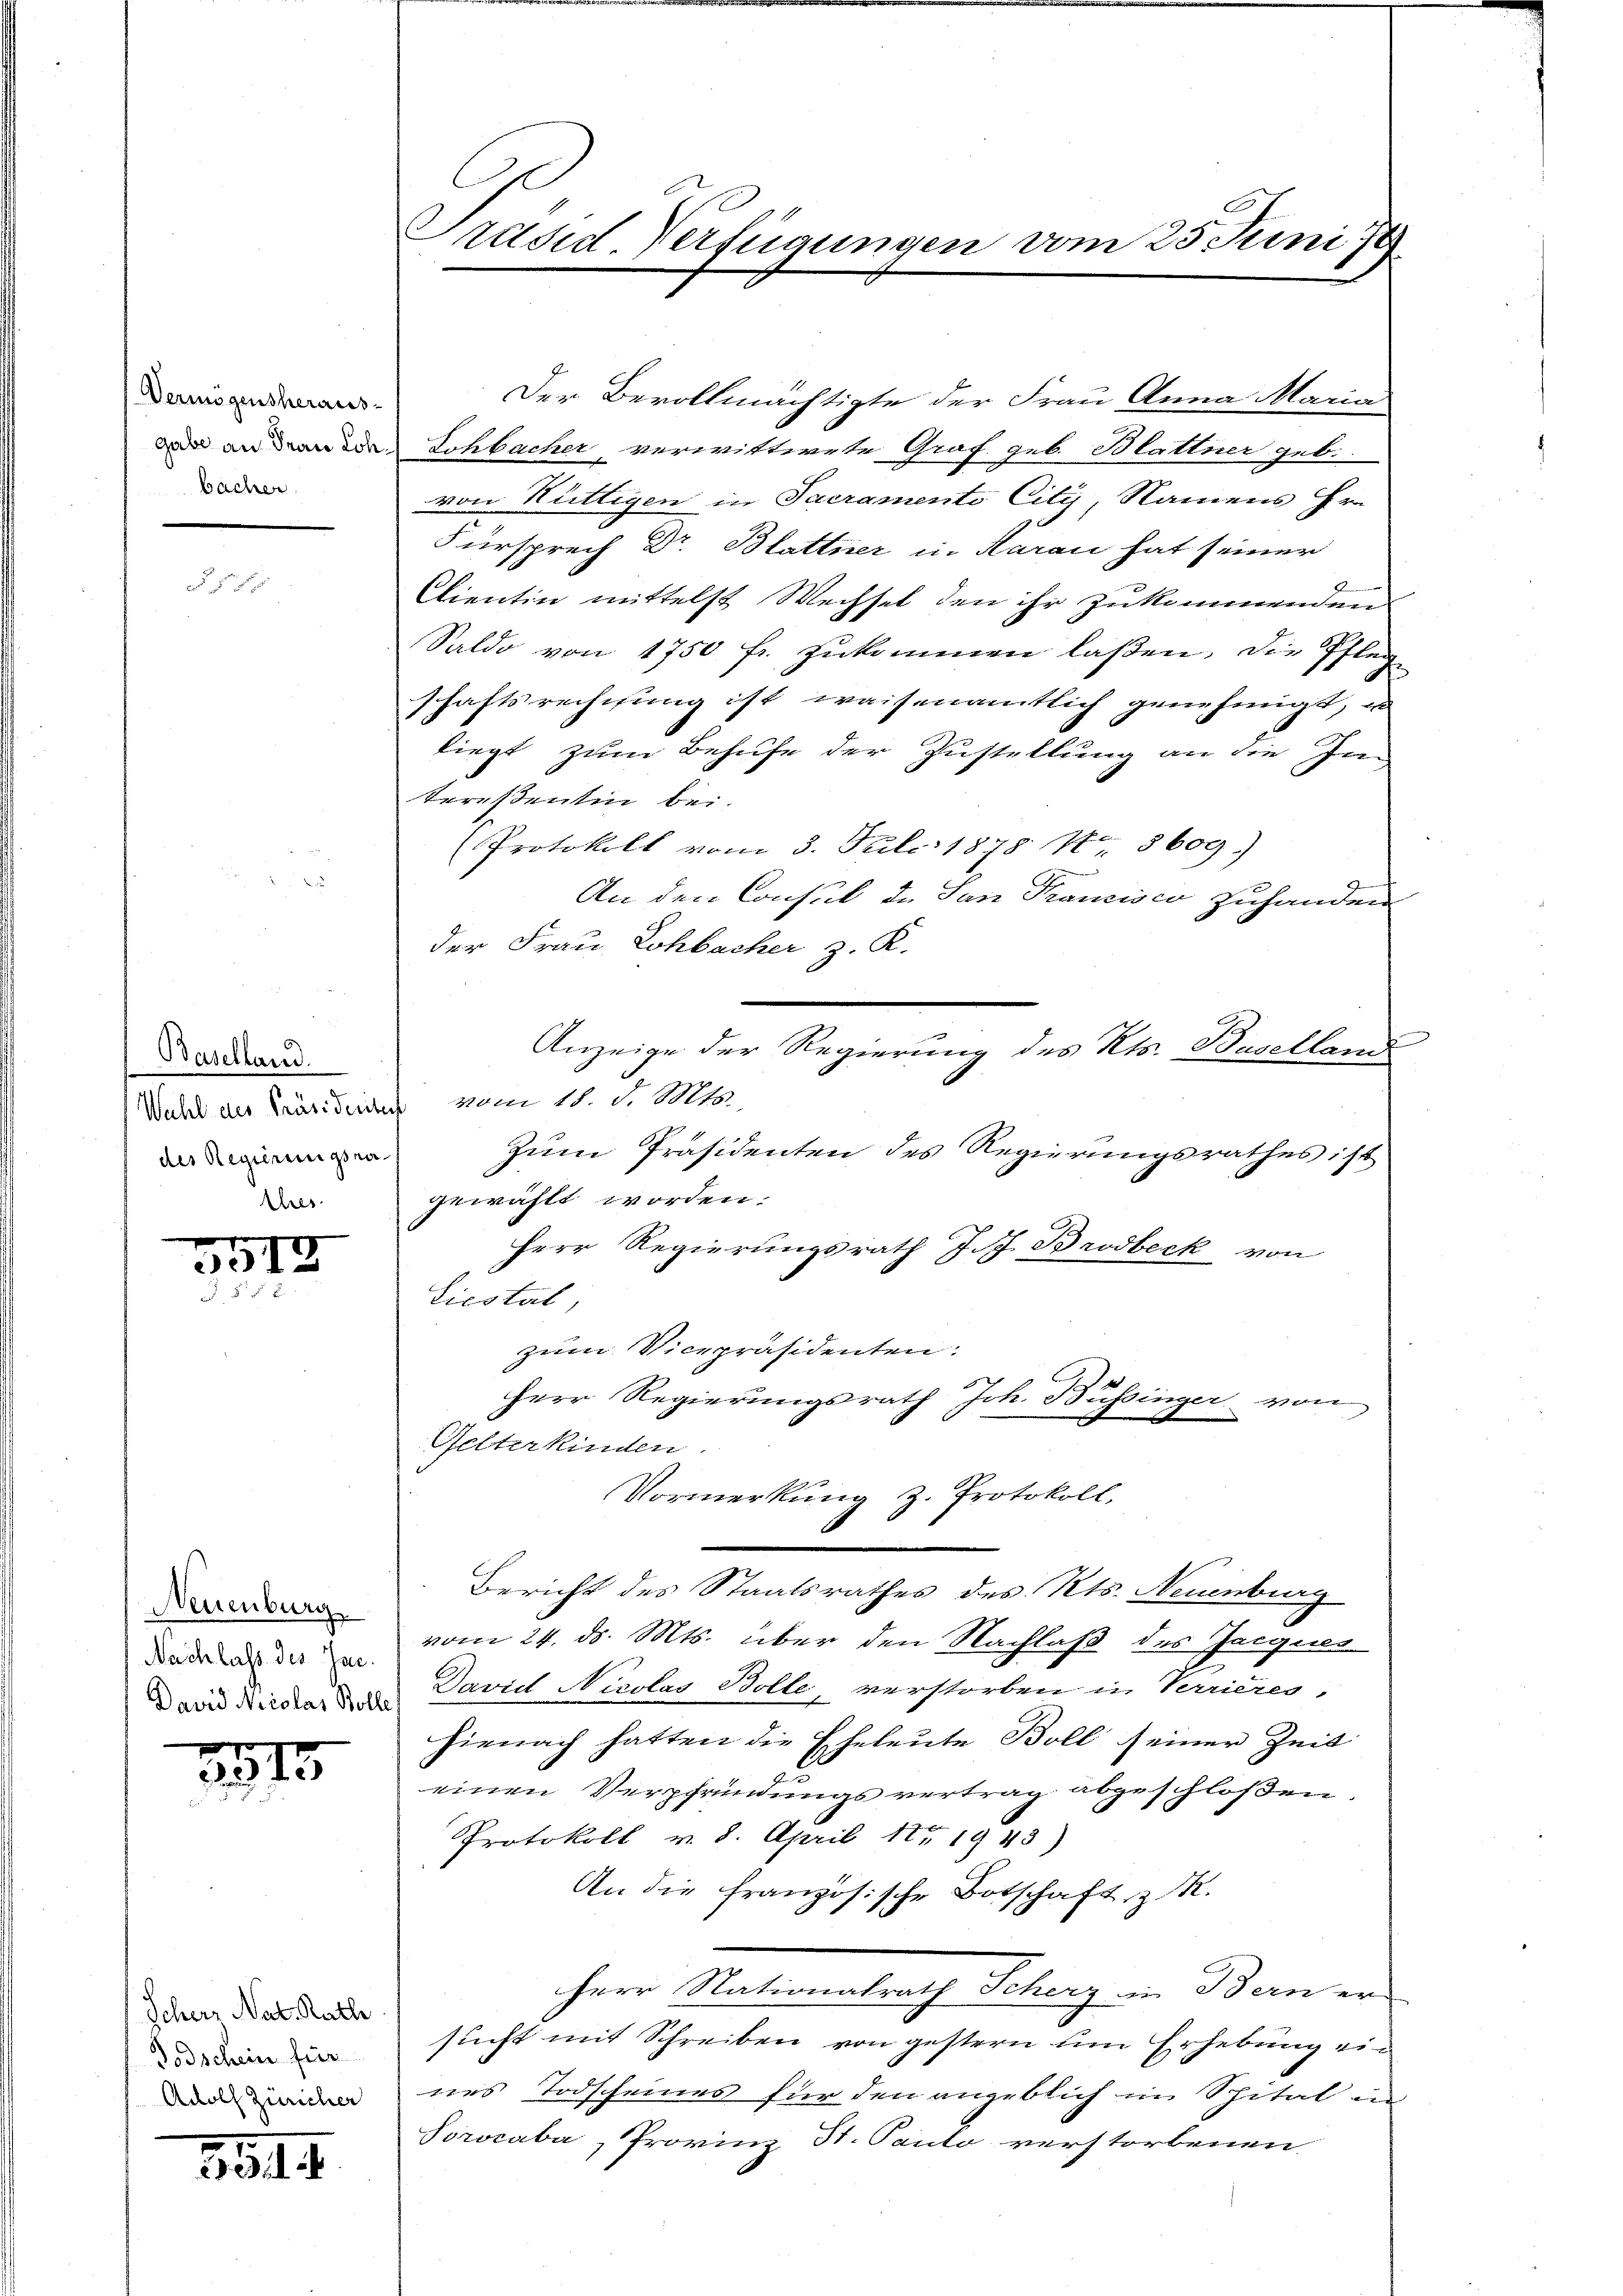
Vermögensheraus-
bacher

Baselland.
des Regierungsra¬
Ehes

3513

Neuenburg
Nachlass des Jac.

3915

Scher Nat. Rath
Todschein für
Adolf Züricher

85. II

Präsid. Verfügungen vom 25. Juni 178

Der Bevollmächtigte der Frau Anna Maria
de an den die Lohbacher verwittwete Graf geb. Blattner geb.
von Hüttigen in Sacramento City, Namens Hrn.
Fürsprech Dr. Blattner in Haran hat seiner
9
Clientin mittelst Wechsel den ihr zukommenden
Saldo von 1750 fr. zukommen laßen, die Pfleg
schaftsrechnung ist waisenamtlich genehmigt,
liegt zum Behufe der Zustellung an die In
teresentin bei.
Protokoll vom 3. Juli 1878 No 8609)
An den Consul de San Trancisco zuhanden
der Frau Lohbacher z. K.
Wahl des Präsidentes vom 11. d. M.
Zum Präsidenten des Regierungsrathes ist
gewählt worden.
Herr Regierungsrath J. J. Brodbeck von
Liestal
zum Vicepräsidenten.
Herr Regierungsrath Joh. Büssinger von
Gelterkinden.
Vormerkung z. Protokoll,
11
Bericht des Staatsrathes des Kts. Neuenburg
vom 24. ds. Mts. über den Nachlaß des Jacques
David Nieder das David Nicolas Stolle, verstorben in Verrieres-
hienach hatten die Eheleute Boll seiner Zeit
einen Verpfründungsvertrag abgeschloßen.
Protokoll v. 8. April 18519 43)
An die Französische Botschaft z.
herr Nationsrath Schanz in Bemer
sucht mit Schreiben von gestern um Erhebung ein
nes Todscheines für den angeblich im Spital un
Sorocaba, Provinz St. Panto verstorbenen

Anzeige der Regierung des Kts. Baselland